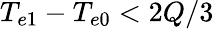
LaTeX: {T_{e1}-T_{e0}<2Q/3}